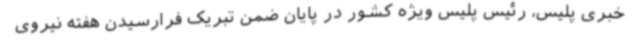
خبری پلیس، رئیس پلیس ویژه کشور در پایان ضمن تبریک فرارسیدن هفته نیروی